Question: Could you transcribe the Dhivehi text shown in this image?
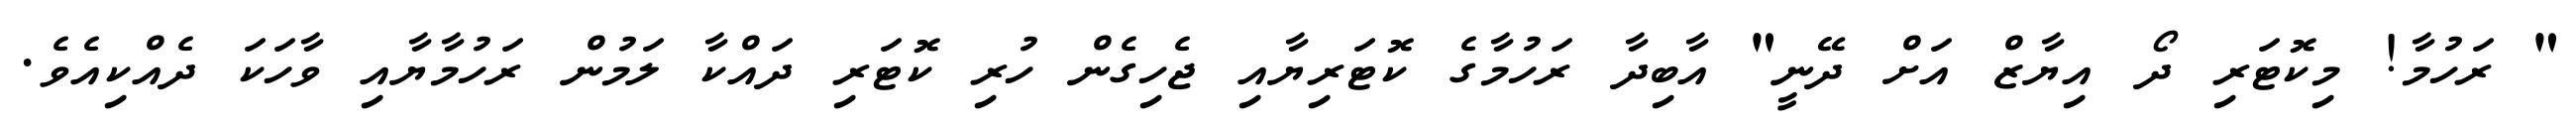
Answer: " ރަހުމާ! މިކޮޓަރި ދޯ އިޔާޒް އަށް ދޭނީ" އާބިދާ ރަހުމާގެ ކޮޓަރިޔާއި ޖެހިގެން ހުރި ކޮޓަރި ދައްކާ ލަމުން ރަހުމާޔާއި ވާހަކަ ދެއްކިއެވެ.